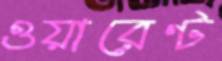
ওয়ারেণ্ট